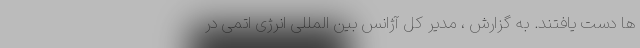
ها دست یافتند. به گزارش ، مدیر کل آژانس بین المللی انرژی اتمی در